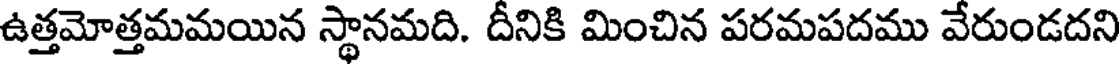
ఉత్తమోత్తమమయిన స్థానమది. దీనికి మించిన పరమపదము వేరుండదని